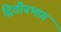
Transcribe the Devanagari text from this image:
द्वितीयभाग